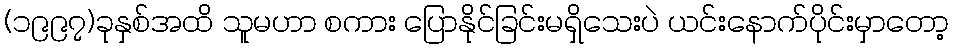
(၁၉၉၇)ခုနှစ်အထိ သူမဟာ စကား ပြောနိုင်ခြင်းမရှိသေးပဲ ယင်းနောက်ပိုင်းမှာတော့